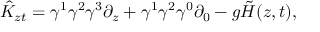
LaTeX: \hat { K } _ { z t } = \gamma ^ { 1 } \gamma ^ { 2 } \gamma ^ { 3 } \partial _ { z } + \gamma ^ { 1 } \gamma ^ { 2 } \gamma ^ { 0 } \partial _ { 0 } - g \tilde { H } ( z , t ) ,